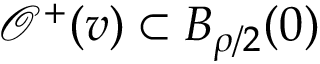
\mathcal { O } ^ { + } ( v ) \subset B _ { \rho / 2 } ( 0 )